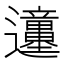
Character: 𲆊